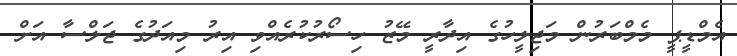
އެމްޑީޕީ މެމްބަރުން މަޖިލީހުގެ އިދާރީ މޭޒު ހިސޯރުކުރެއްވި އިރު މިއަދުގެ ޖަލްސާ އަށް